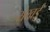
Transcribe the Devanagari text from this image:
सेखई